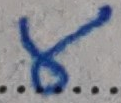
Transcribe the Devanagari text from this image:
य